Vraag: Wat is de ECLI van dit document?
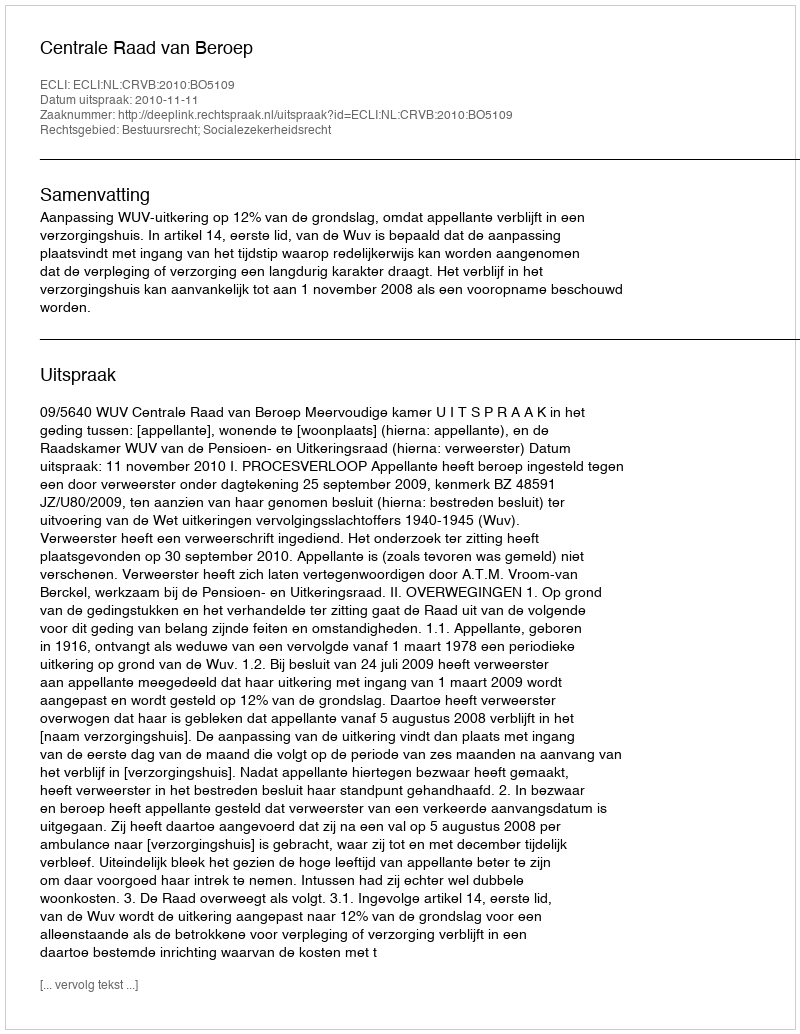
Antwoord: ECLI:NL:CRVB:2010:BO5109